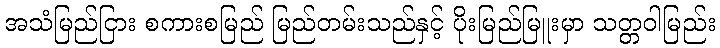
အသံမြည်ငြား စကားစမြည် မြည်တမ်းသည်နှင့် ပိုးမြည်မြူးမှာ သတ္တဝါမြည်း